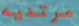
مرتديه